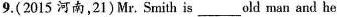
9.(2015 河南,21)Mr. Smith is___old man and he